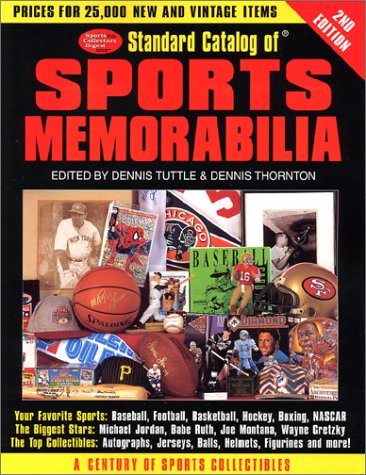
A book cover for Standard Catalog of Sports Memorabilia, 2nd Edition; Crafts, Hobbies & Home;